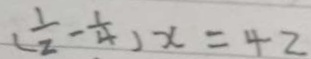
( \frac { 1 } { 2 } - \frac { 1 } { 4 } ) x = 4 2